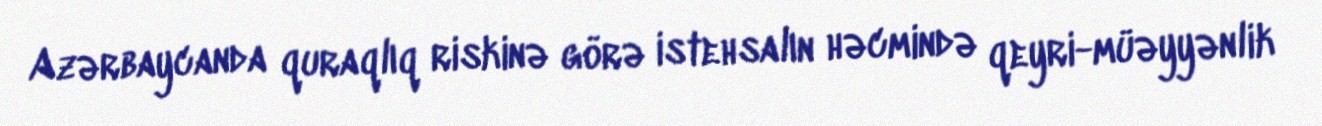
Azərbaycanda quraqlıq riskinə görə istehsalın həcmində qeyri-müəyyənlik